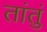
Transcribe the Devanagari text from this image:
तांतुं